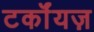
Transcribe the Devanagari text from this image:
टर्कॉयज़